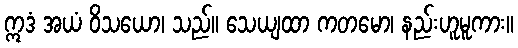
ဣဒံ အယံ ဝိသယော၊ သည်။ သေယျထာ ကတမော၊ နည်းဟူမူကား။